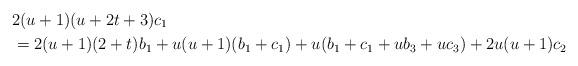
LaTeX: \begin{align*}& 2(u+1)(u+2t+3)c_1 \\& =2(u+1)(2+t)b_1+u(u+1)(b_1+c_1)+u(b_1+c_1+ub_3+uc_3)+2u(u+1)c_2\end{align*}